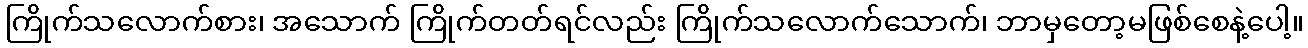
ကြိုက်သလောက်စား၊ အသောက် ကြိုက်တတ်ရင်လည်း ကြိုက်သလောက်သောက်၊ ဘာမှတော့မဖြစ်စေနဲ့ပေါ့။